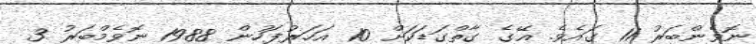
ނޮވެންބަރު 11 ގައެވެ. އޭގެ ގާތްގަޑަކަށް 10 އަހަރުފަހުން 1988 ނޮވެމްބަރު 3